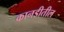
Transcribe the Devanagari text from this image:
कानडीतील